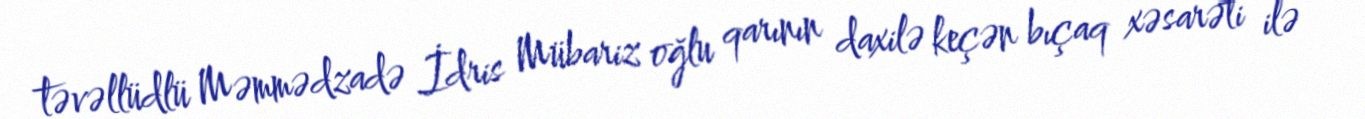
təvəllüdlü Məmmədzadə İdris Mübariz oğlu qarının daxilə keçən bıçaq xəsarəti ilə